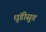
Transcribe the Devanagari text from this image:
धुंडीसुत